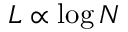
L \propto \log N